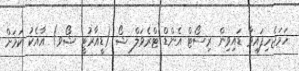
ހަމަޖެހިފައިވާ ޑައިވިން ރިސޯޓް އެންޑް ޓްރެވަލް ޝޯ (ޑީއާރުޓީ ޝޯވ) އާއެކު ކަމަށް